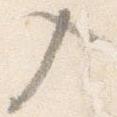
入